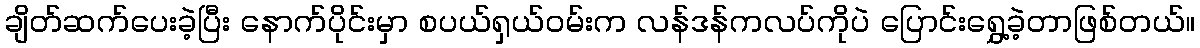
ချိတ်ဆက်ပေးခဲ့ပြီး နောက်ပိုင်းမှာ စပယ်ရှယ်ဝမ်းက လန်ဒန်ကလပ်ကိုပဲ ပြောင်းရွှေ့ခဲ့တာဖြစ်တယ်။